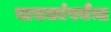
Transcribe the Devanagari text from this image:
वाचकांपर्यन्त